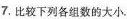
7.比较下列各组数的大小。